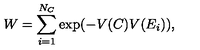
W = \sum _ { i = 1 } ^ { N _ { C } } \mathrm { e x p } ( - V ( C ) V ( E _ { i } ) ) ,